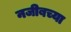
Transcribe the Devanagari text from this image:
नजीबच्या